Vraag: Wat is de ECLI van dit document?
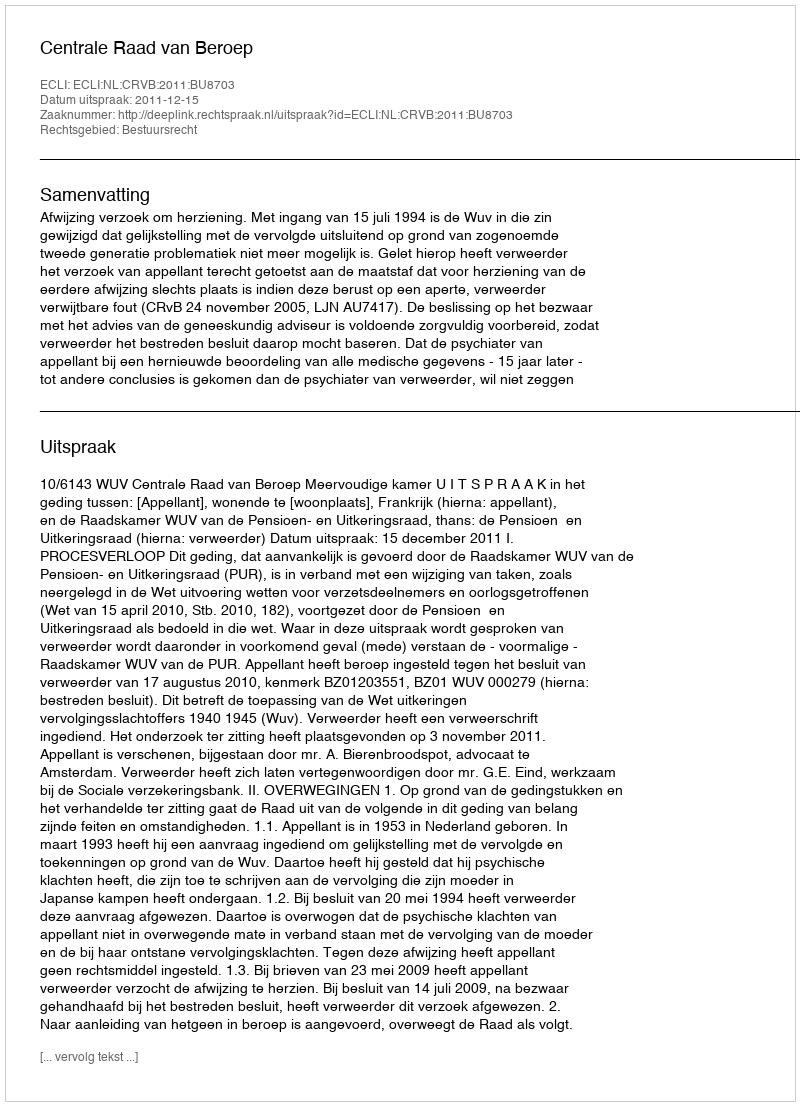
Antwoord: ECLI:NL:CRVB:2011:BU8703